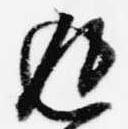
返